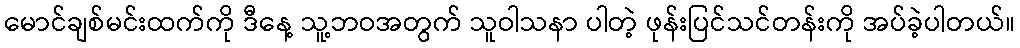
မောင်ချစ်မင်းထက်ကို ဒီနေ့ သူ့ဘဝအတွက် သူဝါသနာ ပါတဲ့ ဖုန်းပြင်သင်တန်းကို အပ်ခဲ့ပါတယ်။